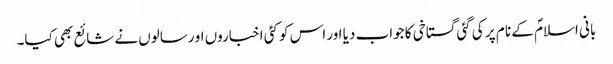
بانی اسلامؐ کے نا م پر کی گئی گستاخی کا جواب دیا اور اس کو کئی اخباروں او رسالوں نے شائع بھی کیا۔